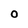
Character: O